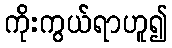
ကိုးကွယ်ရာဟူ၍